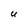
Character: U